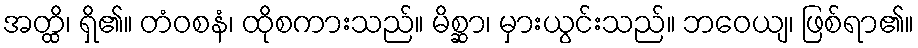
အတ္ထိ၊ ရှိ၏။ တံဝစနံ၊ ထိုစကားသည်။ မိစ္ဆာ၊ မှားယွင်းသည်။ ဘဝေယျ၊ ဖြစ်ရာ၏။